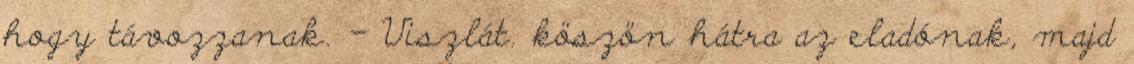
hogy távozzanak. - Viszlát. köszön hátra az eladónak, majd